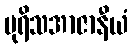
ပုရိသအာဇာနီယံ